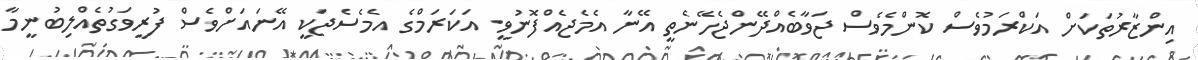
އިންޒާރުތަކަށް އަކްރަމުވެސް ކޮންމެވެސް ޖަވާބެއްދޭންޖެހޭނެތީ އޭނާ އެމެޖެއްފޮނުވީ. އަކަރަމްގެ އެމެސެޖަކީ އޭނައަށްވެސް ފުރީވަގުތެއްލިބުނީމާ